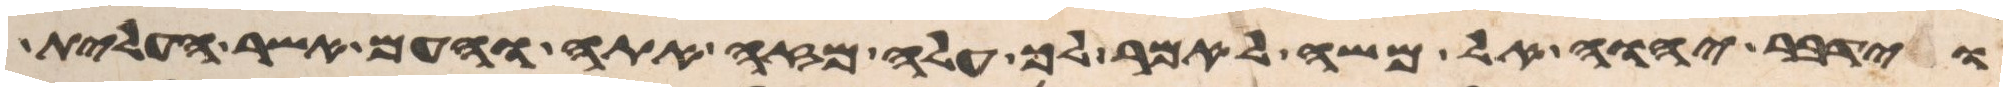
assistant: וידבר יהוה אל משה לאמר לך עלה מזה אתה והעם אשר העלית